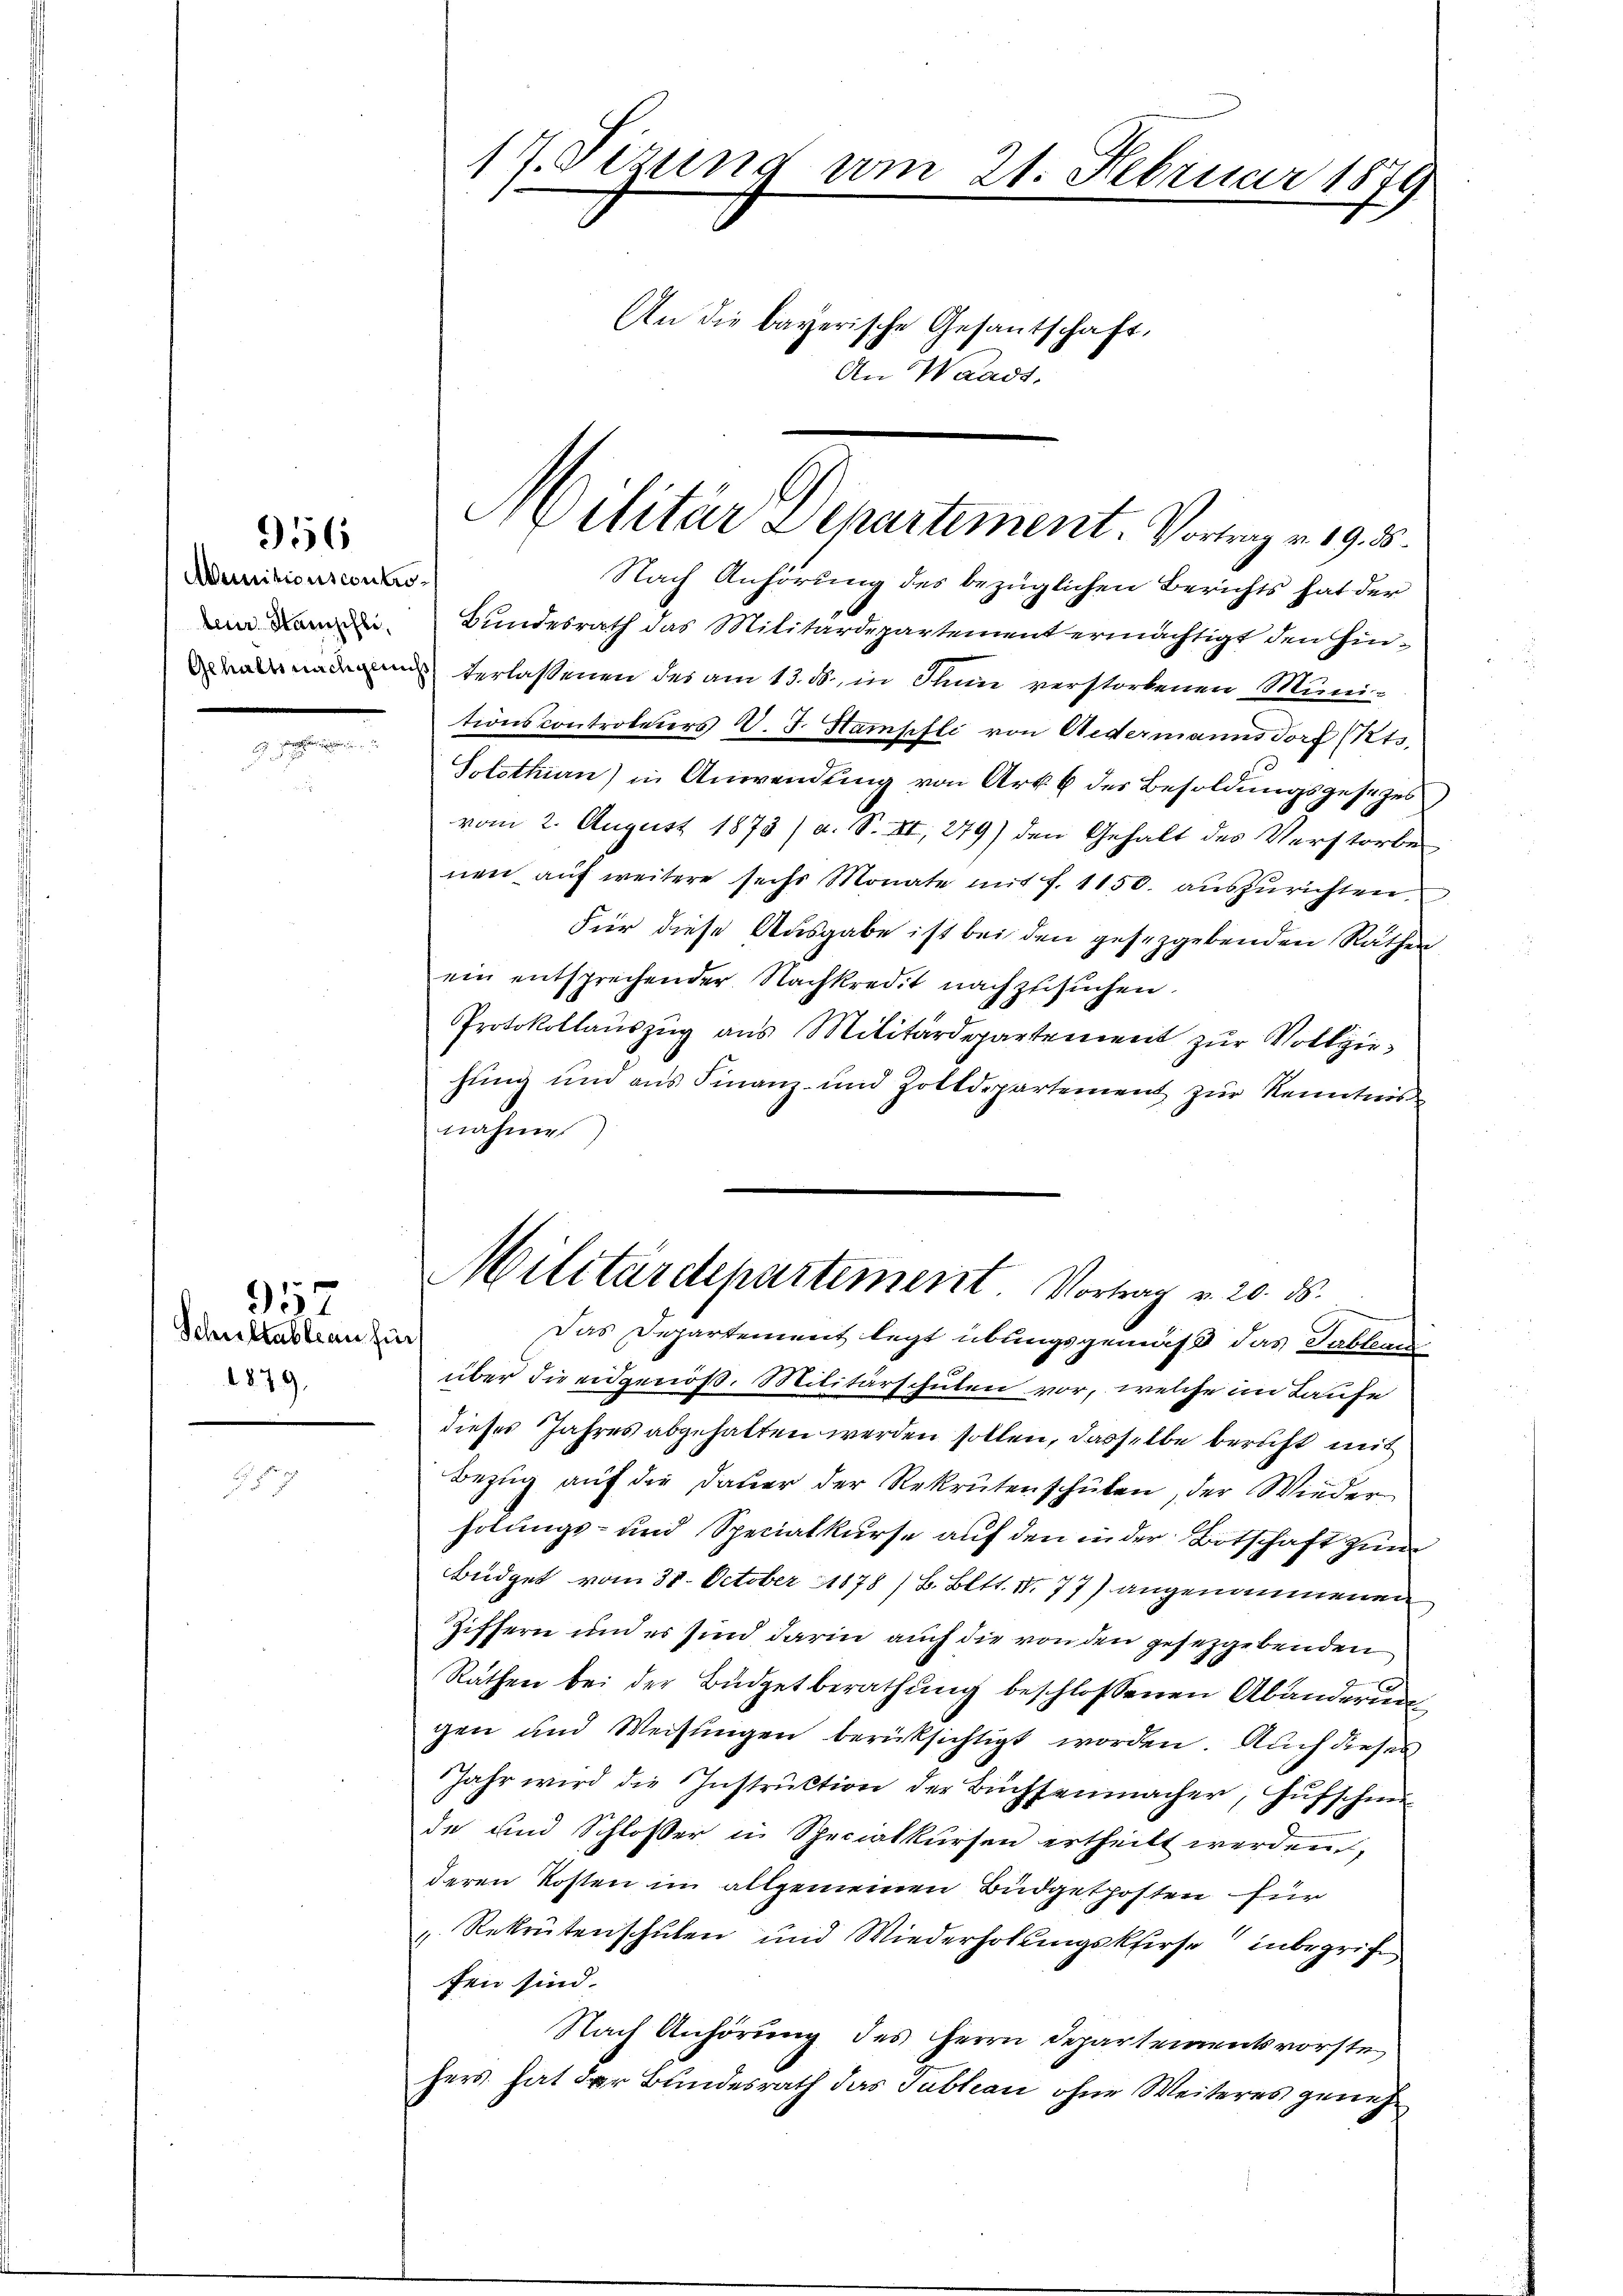
Munitionscontrolein Stanischli,

956

957
Schultableau zu
1879.

17. Fizung vom 21. Februar 1879
An die bayerische Gesantschaft,
An Waadt,

Militär Departement. Vortrag v. 19. 5.

Nach Anhörung des bezüglichen Berichts hat der
Bundesrath das Militärdepartement ermächtigt den hinnade verlassenen des am 13. ds., in Thun verstorbenen Muni-
tionscontroleurs d. J. Hampfli von Aedermanns Torf (Rts.
Solothin) in Anwendung von Art. 6 des Besoldungsgesezes
vom 2. August 1873 / a. S. III, 279) den Gehalt des Verstorbe
nen auf weitere sechs Monate mit f. 1150. auszurichten,
Für diese Ausgabe ist bei den gesezgebenden Räthen
ein entsprechender Nachkredit nachzusuchen.
Protokollauszug aus Militärdepartement zŭr Vollziehung und aus Finanz- und Zolldepartement zur Kenntnis
nahme
t
Das Departement legt übungsgemäß das Tableau
über die eidgenöß. Militärschulen vor, welche im Laufe
dieses Jahres abgehalten werden sollen, dasselbe bericht mit
Bezug auf die Dauer der Rekrutenschulen, der Wieder
holungs- und Specialkurse auf den in der Botschaft zum
Büdget vom 31. October 1878 / B. Bett. IV 77) angenommenen
Ziffern und es sind darin auch die von den gesetzgebenden
Räthen bei der Büdgetberathung beschlossenen Abänderun
gen und Weisungen berücksichtigt worden. Auch dieses
Jahr wird die Instruktion der Büchsenmacher, Hufschmi
de und Schlosser in Specialkŭrsen ertheilt werden,
deren Kosten im allgemeinen Büdgetposten für
Rekrutenschulen und Wiederholungskfirst inbegrife
fen sind.
Nach Anhörung des Herrn Departementsvorste
hers hat der Bundesrath das Tableau ohne Weiteres geneh¬

Militärdepartement. Vortrag v. 20. ds.